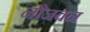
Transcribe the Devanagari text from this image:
नौजवन